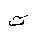
Letter: _ta